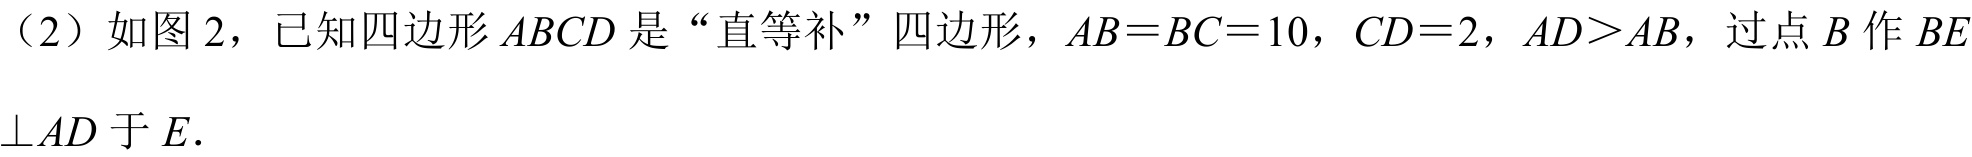
（2）如图 2，已知四边形 \(ABCD\) 是“直等补”四边形，\(AB = BC = 10\)，\(CD = 2\)，\(AD>AB\)，过点 \(B\) 作 \(BE\perp AD\) 于 \(E\).